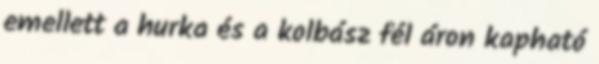
emellett a hurka és a kolbász fél áron kapható